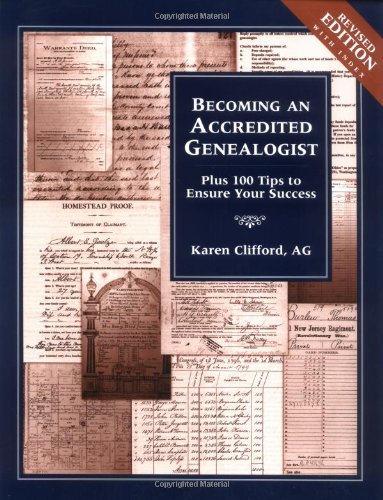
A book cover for Becoming an Accredited Genealogist: Plus 100 Tips to Ensure Your Success, Revised Edition; Karen Clifford; Reference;